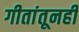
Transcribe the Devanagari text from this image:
गीतांतूनही